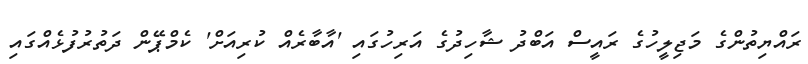
ރައްޔިތުންގެ މަޖިލީހުގެ ރައީސް އަބްދު ޝާހިދުގެ އަރިހުގައި 'އާބާރެއް ކުރިއަށް' ކެމްޕޭން ދަތުރުފުޅެއްގައި